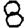
Digit: 8